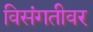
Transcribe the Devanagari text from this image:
विसंगतीवर